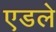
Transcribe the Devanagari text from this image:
एडले